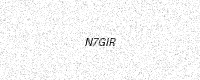
Text: N7GIR